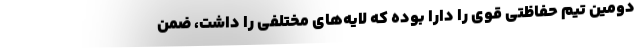
دومین تیم حفاظتی قوی را دارا بوده که لایه‌های مختلفی را داشت، ضمن